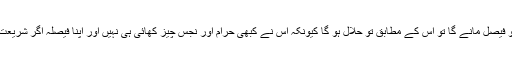
اگر اس بارے میں کوئی شخص اپنی عقل کو فیصل مانے گا تو اس کے مطابق تو حلال ہو گا کیونکہ اس نے کبھی حرام اور نجس چیز کھائی ہی نہیں اور اپنا فیصلہ اگر شریعت کی طرف لے جائے گا پھر یہ حرام ہو گا۔